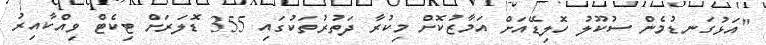
"އަޅުގަނޑުމެން ސުކޫލު ހޮލިޑޭއަށް އަމާޒުކޮށް މިކުރާ ދަތުރުތަކުގައި 355 ޑޮލަރަށް ޓިކެޓް ވިއްކާއިރު